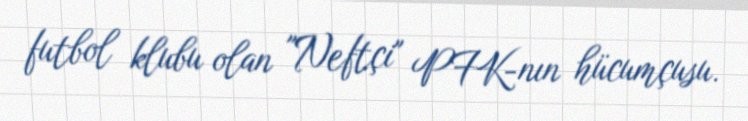
futbol klubu olan "Neftçi" PFK-nın hücumçusu.